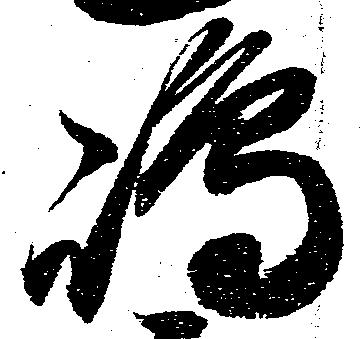
嶋